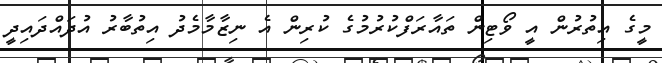
މީގެ އިތުރުން އީ ވޯޓިން ތައާރަފްކުރުމުގެ ކުރިން އެ ނިޒާމާމެދު އިތުބާރު އުދައްދައިދީ